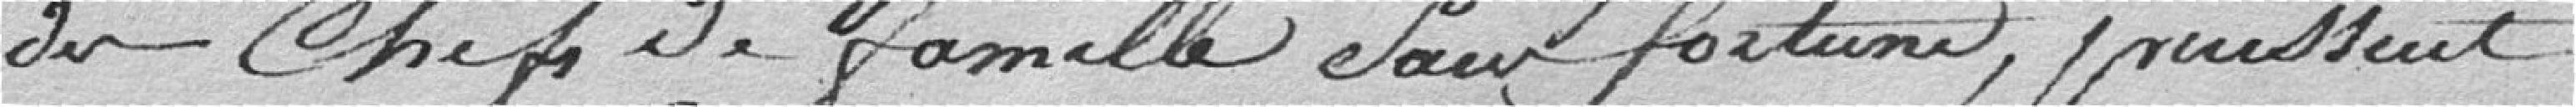
des chefs de famille sans fortune, puissent